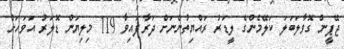
ޖޭޕީން ގޮވާލަބަލަ ކަލޭމެންގެ ލީޑަރު ރައްޔިތުންނަށް ދަރާފައިވާ 119 މިލިޔަން ޑޮލަރު އަވަހަށް